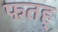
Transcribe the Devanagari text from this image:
फतह्